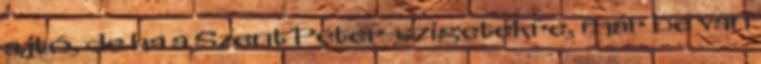
ajtó, de ha a Szent Péter-szigetekre, már be van